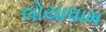
લોયાધામ